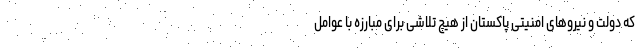
که دولت و نیروهای امنیتی پاکستان از هیچ تلاشی برای مبارزه با عوامل